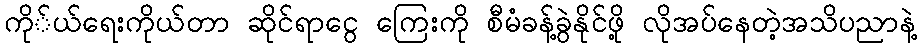
ကို်ယ်ရေးကိုယ်တာ ဆိုင်ရာငွေ ကြေးကို စီမံခန့်ခွဲနိုင်ဖို့ လိုအပ်နေတဲ့အသိပညာနဲ့